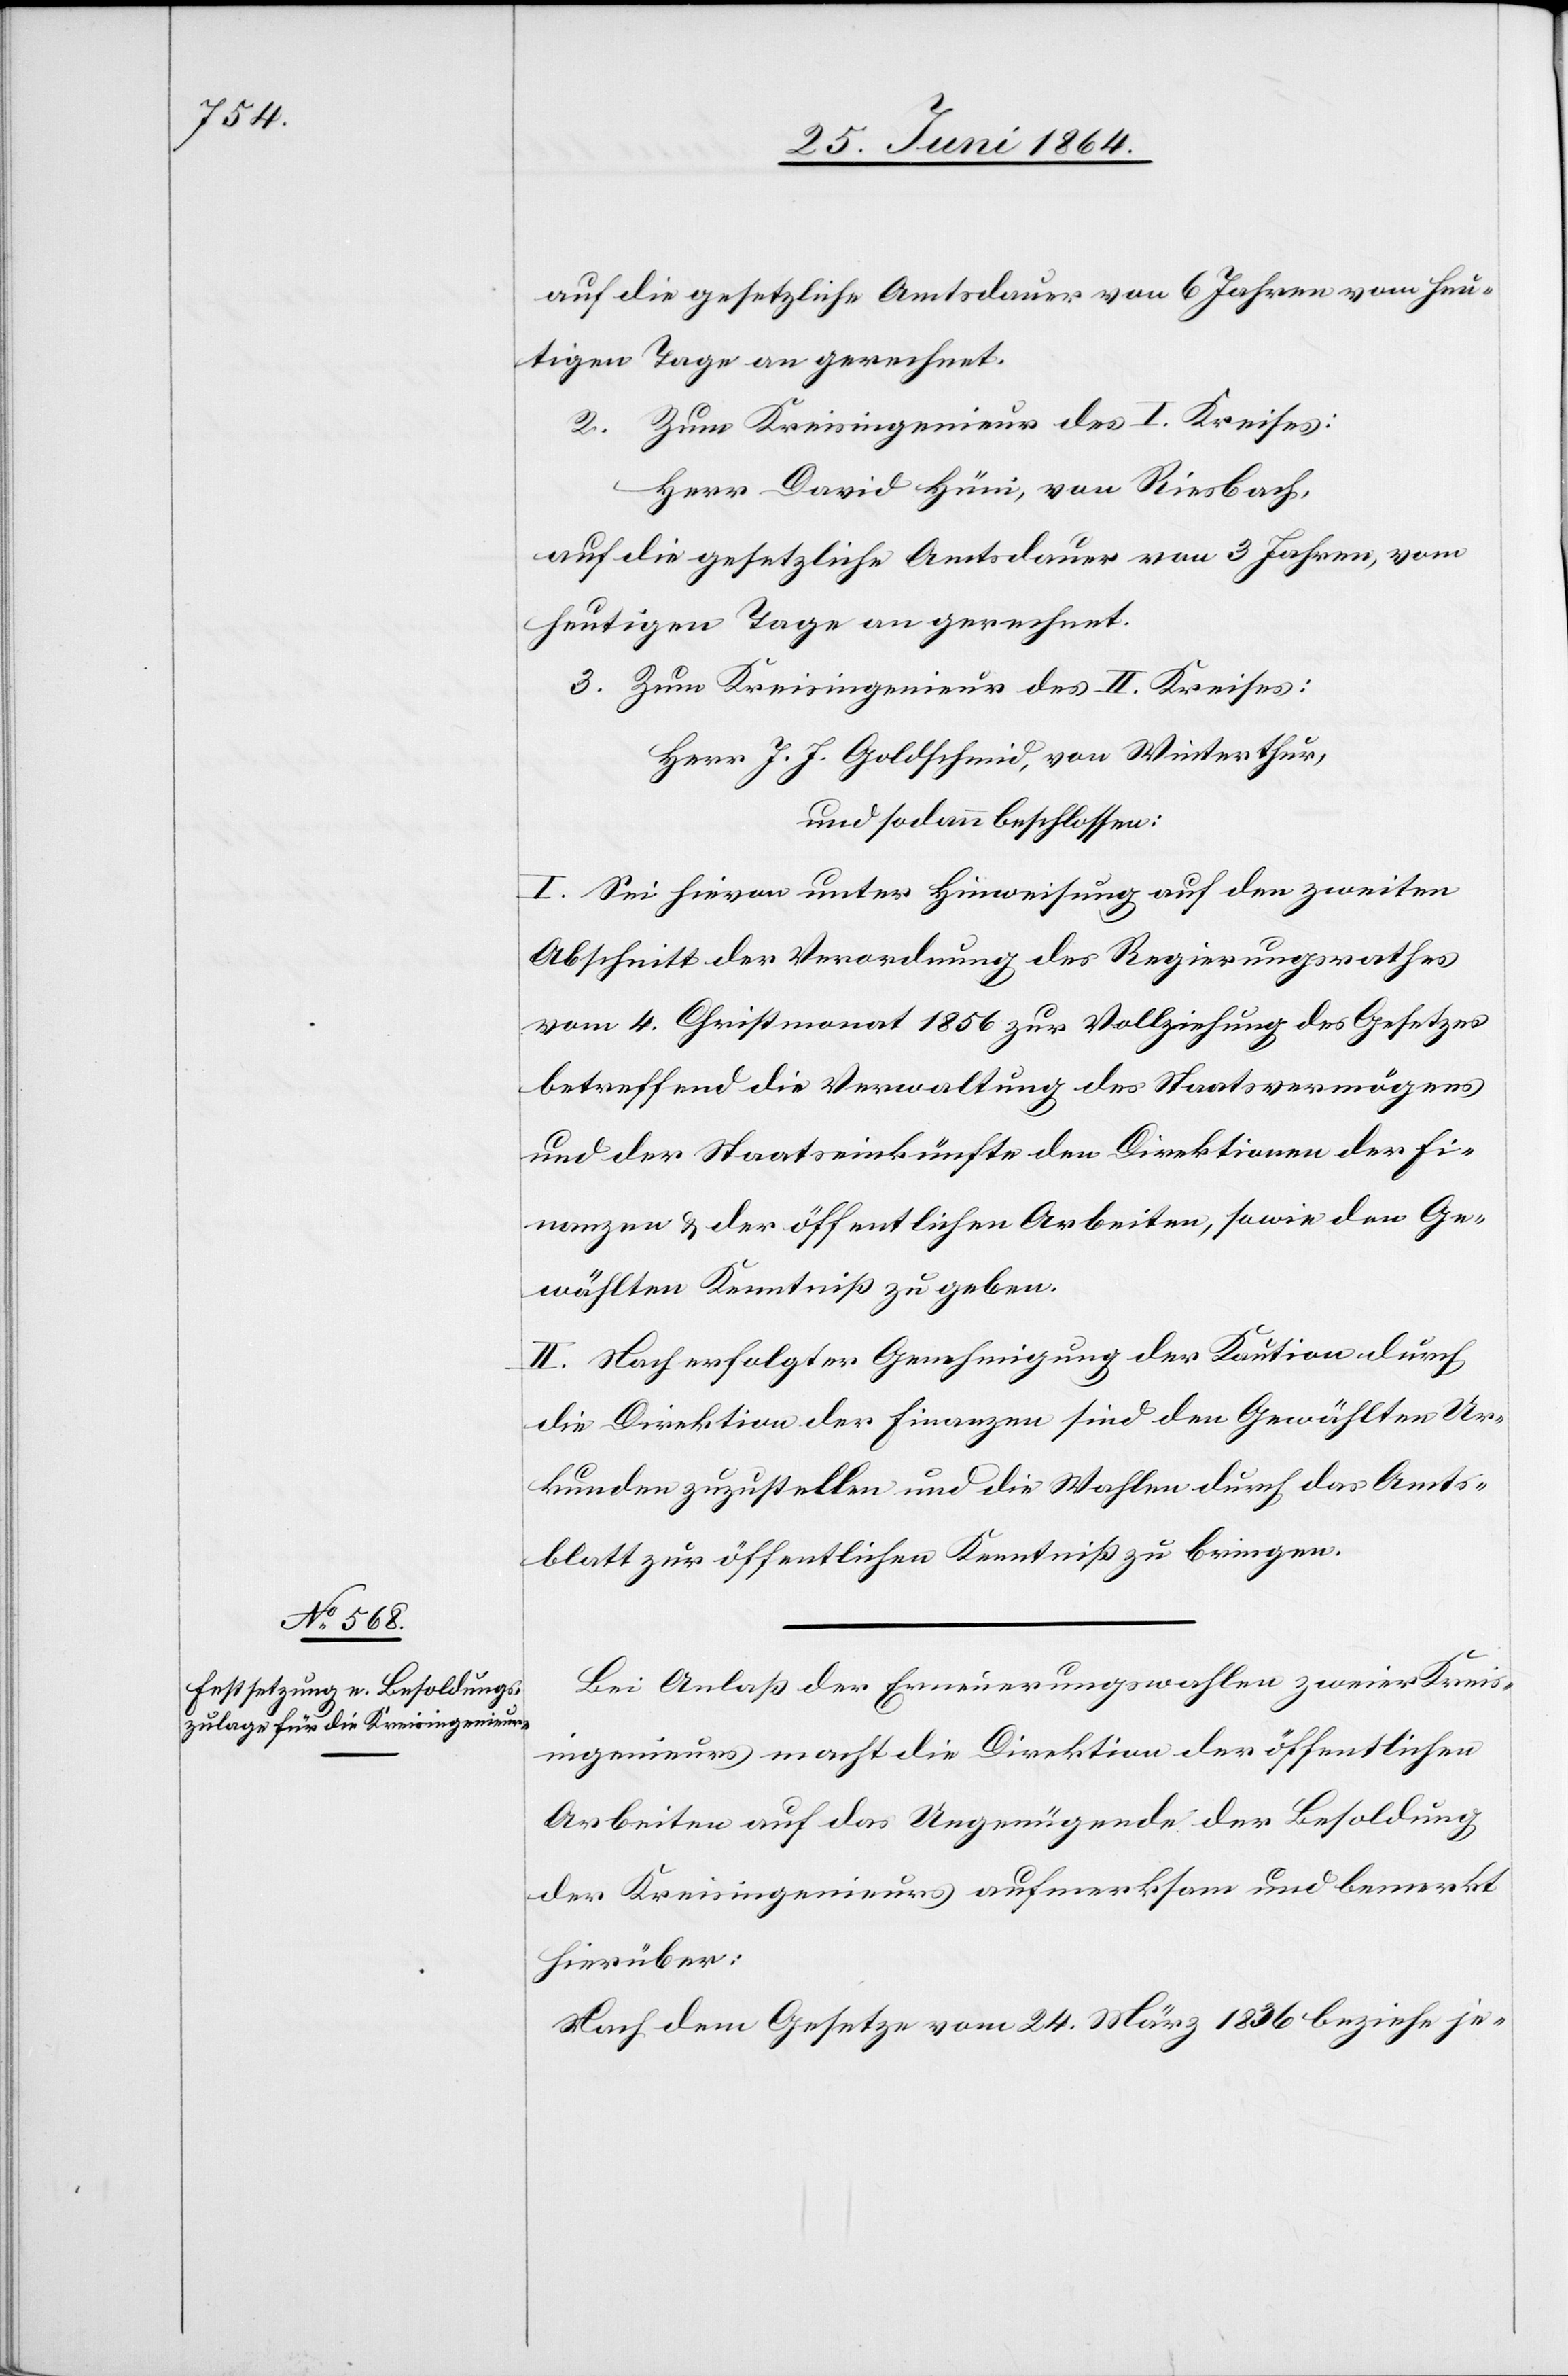
auf die gesetzliche Amtsdauer von 6 Jahren vom heu¬
tigen Tage an gerechnet.
2. zum Kreisingenieur des I. Kreises:
Herr David Hüni, von Riesbach,
auf die gesetzliche Amtsdauer von 3 Jahren, vom
heutigen Tage an gerechnet.
3. Zum Kreisingenieur des II. Kreises:
Herr J. J. Goldschmid, von Winterthur,
und sodann beschlossen:
I. Sei hievon unter Hinweisung auf den zweiten
Abschnitt der Verordnung des Regierungsrathes
vom 4. Christmonat 1856 zur Vollziehung des Gesetzes
betreffend die Verwaltung des Staatsvermögens
und der Staatseinkünfte den Direktionen der Fi¬
nanzen u. der öffentlichen Arbeiten, sowie den Ge¬
wählten Kenntniß zu geben.
II. Nach erfolgter Genehmigung der Kaution durch
die Direktion der Finanzen sind den Gewählten Ur¬
kunden zuzustellen und die Wahlen durch das Amts¬
blatt zur öffentlichen Kenntniß zu bringen.
Bei Anlaß der Erneuerungswahlen zweier Kreis¬
ingenieurs macht die Direktion der öffentlichen
Arbeiten auf das Ungenügende der Besoldung
der Kreisingenieurs aufmerksam und bemerkt
hierüber:
Nach dem Gesetze vom 24. März 1836 beziehe je-